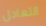
التعادل